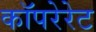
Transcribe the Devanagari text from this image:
कॉपरेरेट